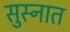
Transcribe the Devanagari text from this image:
सुस्नात